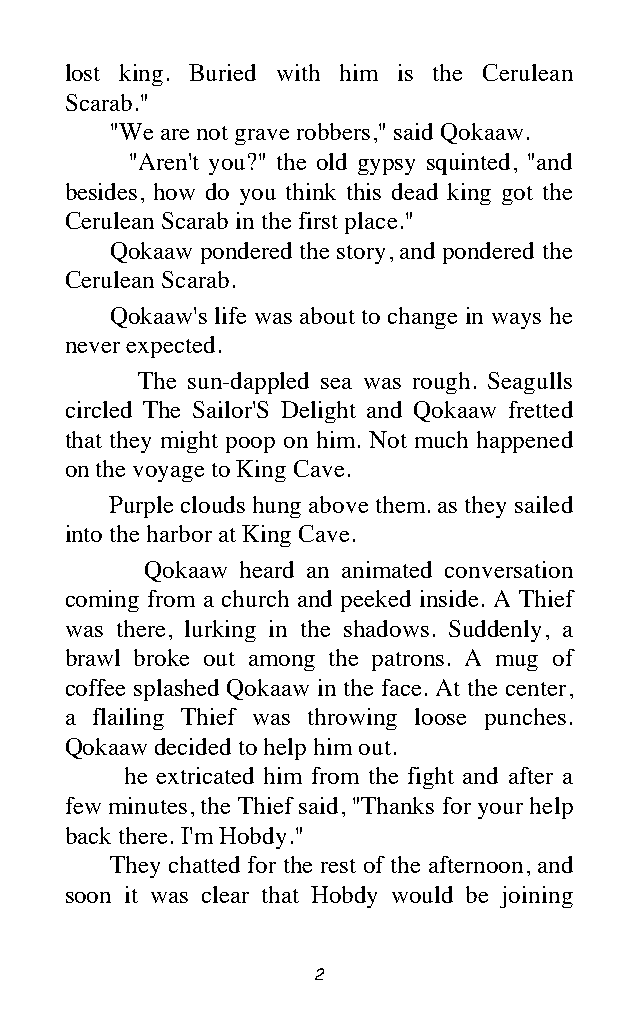
lost king. Buried with him is the Cerulean
 Scarab."
 "We are not grave robbers," said Qokaaw.
 "Aren't you?" the old gypsy squinted, "and
 besides, how do you think this dead king got the
 Cerulean Scarab in the first place."
 Qokaaw pondered the story, and pondered the
 Cerulean Scarab.
 Qokaaw's life was about to change in ways he
 never expected.
 The sun-dappled sea was rough. Seagulls
 circled The Sailor'S Delight and Qokaaw fretted
 that they might poop on him. Not much happened
 on the voyage to King Cave.
 Purple clouds hung above them. as they sailed
 into the harbor at King Cave.
 Qokaaw heard an animated conversation
 coming from a church and peeked inside. A Thief
 was there, lurking in the shadows. Suddenly, a
 brawl broke out among the patrons. A mug of
 coffee splashed Qokaaw in the face. At the center,
 a flailing Thief was throwing loose punches.
 Qokaaw decided to help him out.
 he extricated him from the fight and after a
 few minutes, the Thief said, "Thanks for your help
 back there. I'm Hobdy."
 They chatted for the rest of the afternoon, and
 soon it was clear that Hobdy would be joining
 2